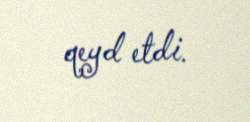
qeyd etdi.